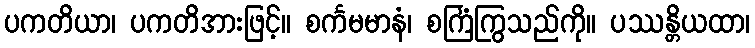
ပကတိယာ၊ ပကတိအားဖြင့်။ စင်္ကမမာနံ၊ စင်္ကြံကြွသည်ကို။ ပဿန္တိယထာ၊